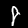
Label: 8